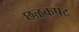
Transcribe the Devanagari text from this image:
छळकपट